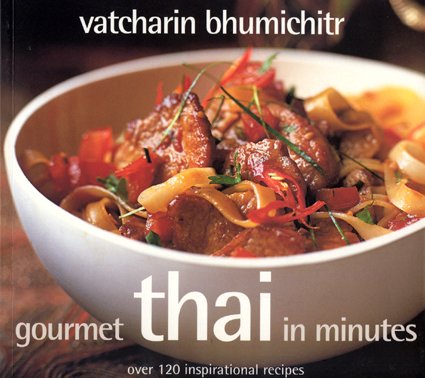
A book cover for Gourmet Thai In Minutes: Over 120 Inspirational Recipes; Vatcharin Bhumichitr; Cookbooks, Food & Wine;